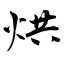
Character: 烘